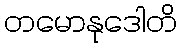
တမောနုဒေါတိ